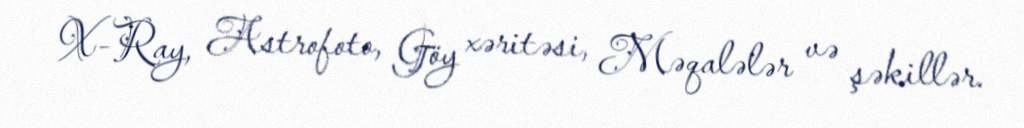
X-Ray, Astrofoto, Göy xəritəsi, Məqalələr və şəkillər.